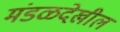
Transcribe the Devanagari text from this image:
मंडळदेखील